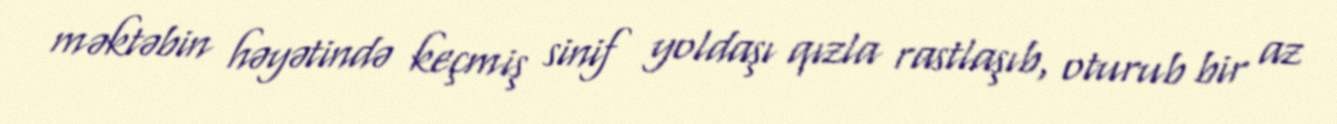
məktəbin həyətində keçmiş sinif yoldaşı qızla rastlaşıb, oturub bir az